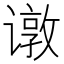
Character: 𬤣